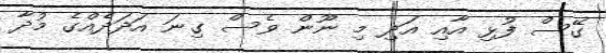
ގޭސް ފުޅި އާއި އަދި މި ނޫން ވެސް ގިނަ އަދަދެއްގެ މުދާ